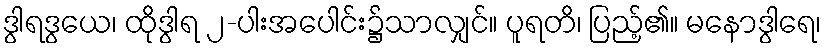
ဒွါရဒွယေ၊ ထိုဒွါရ ၂-ပါးအပေါင်း၌သာလျှင်။ ပူရတိ၊ ပြည့်၏။ မနောဒွါရေ၊